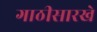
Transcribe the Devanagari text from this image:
गाठीसारखे